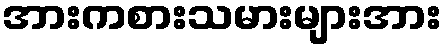
အားကစားသမားများအား